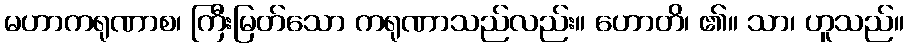
မဟာကရုဏာစ၊ ကြီးမြတ်သော ကရုဏာသည်လည်း။ ဟောတိ၊ ၏။ သာ၊ ဟူသည်။